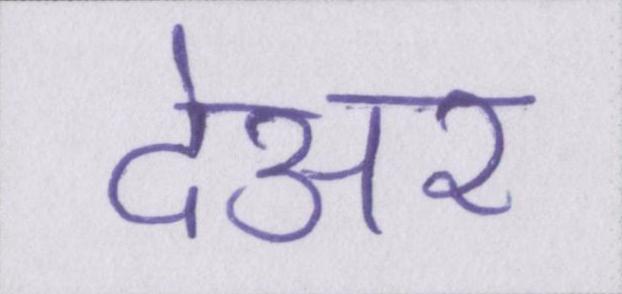
देअर